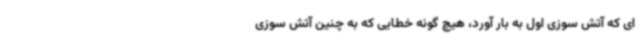
ای که آتش سوزی اول به بار آورد، هیچ گونه خطایی که به چنین آتش سوزی